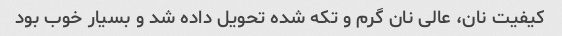
کیفیت نان، عالی نان گرم و تکه شده تحویل داده شد و بسیار خوب بود